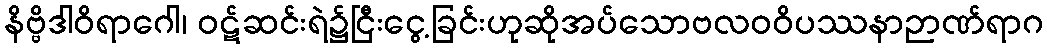
နိဗ္ဗိဒါဝိရာဂေါ၊ ဝဋ်ဆင်းရဲ၌ငြီးငွေ့ခြင်းဟုဆိုအပ်သောဗလဝဝိပဿနာဉာဏ်ရာဂ